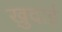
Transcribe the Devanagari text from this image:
खु़दाई